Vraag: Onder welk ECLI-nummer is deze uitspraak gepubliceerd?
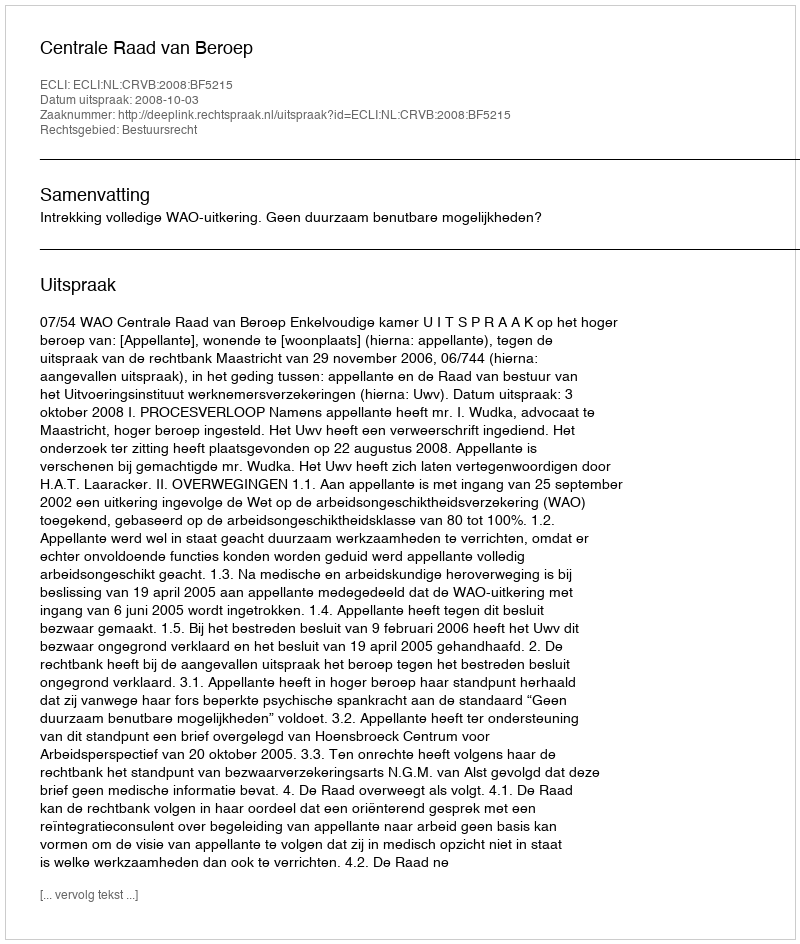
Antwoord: ECLI:NL:CRVB:2008:BF5215